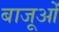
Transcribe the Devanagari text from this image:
बाजूओं